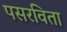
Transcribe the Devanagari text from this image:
पसरविता